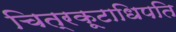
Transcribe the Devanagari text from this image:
चित्रकूटाधिपति